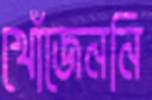
খোঁজেননি